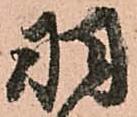
羽